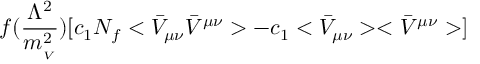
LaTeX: f ( \frac { \Lambda ^ { 2 } } { m _ { _ V } ^ { 2 } } ) [ c _ { 1 } N _ { f } < \bar { V } _ { \mu \nu } \bar { V } ^ { \mu \nu } > - c _ { 1 } < \bar { V } _ { \mu \nu } > < \bar { V } ^ { \mu \nu } > ]